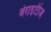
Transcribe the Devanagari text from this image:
वेराइटीज